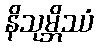
နိသုမ္ဘိဿံ